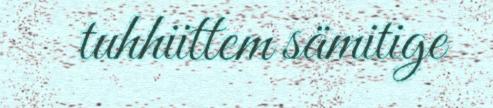
tuhhiittem sämitige